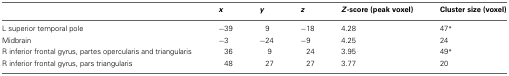
|  | x | y | z | Z-score (peak voxel) | Cluster size (voxel) |
 | --- | --- | --- | --- | --- | --- |
 | L superior temporal pole | −39 | 9 | −18 | 4.28 | 47* |
 | Midbrain | −3 | −24 | −9 | 4.25 | 24 |
 | R inferior frontal gyrus, partes opercularis and triangularis | 36 | 9 | 24 | 3.95 | 49* |
 | R inferior frontal gyrus, pars triangularis | 48 | 27 | 27 | 3.77 | 20 |